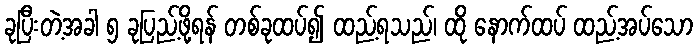
ခုပြီးတဲ့အခါ ၅ ခုပြည့်ဖို့ရန် တစ်ခုထပ်၍ ထည့်ရသည်၊ ထို နောက်ထပ် ထည့်အပ်သော